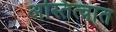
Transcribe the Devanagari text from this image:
अस्तित्‍वात